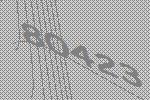
80423